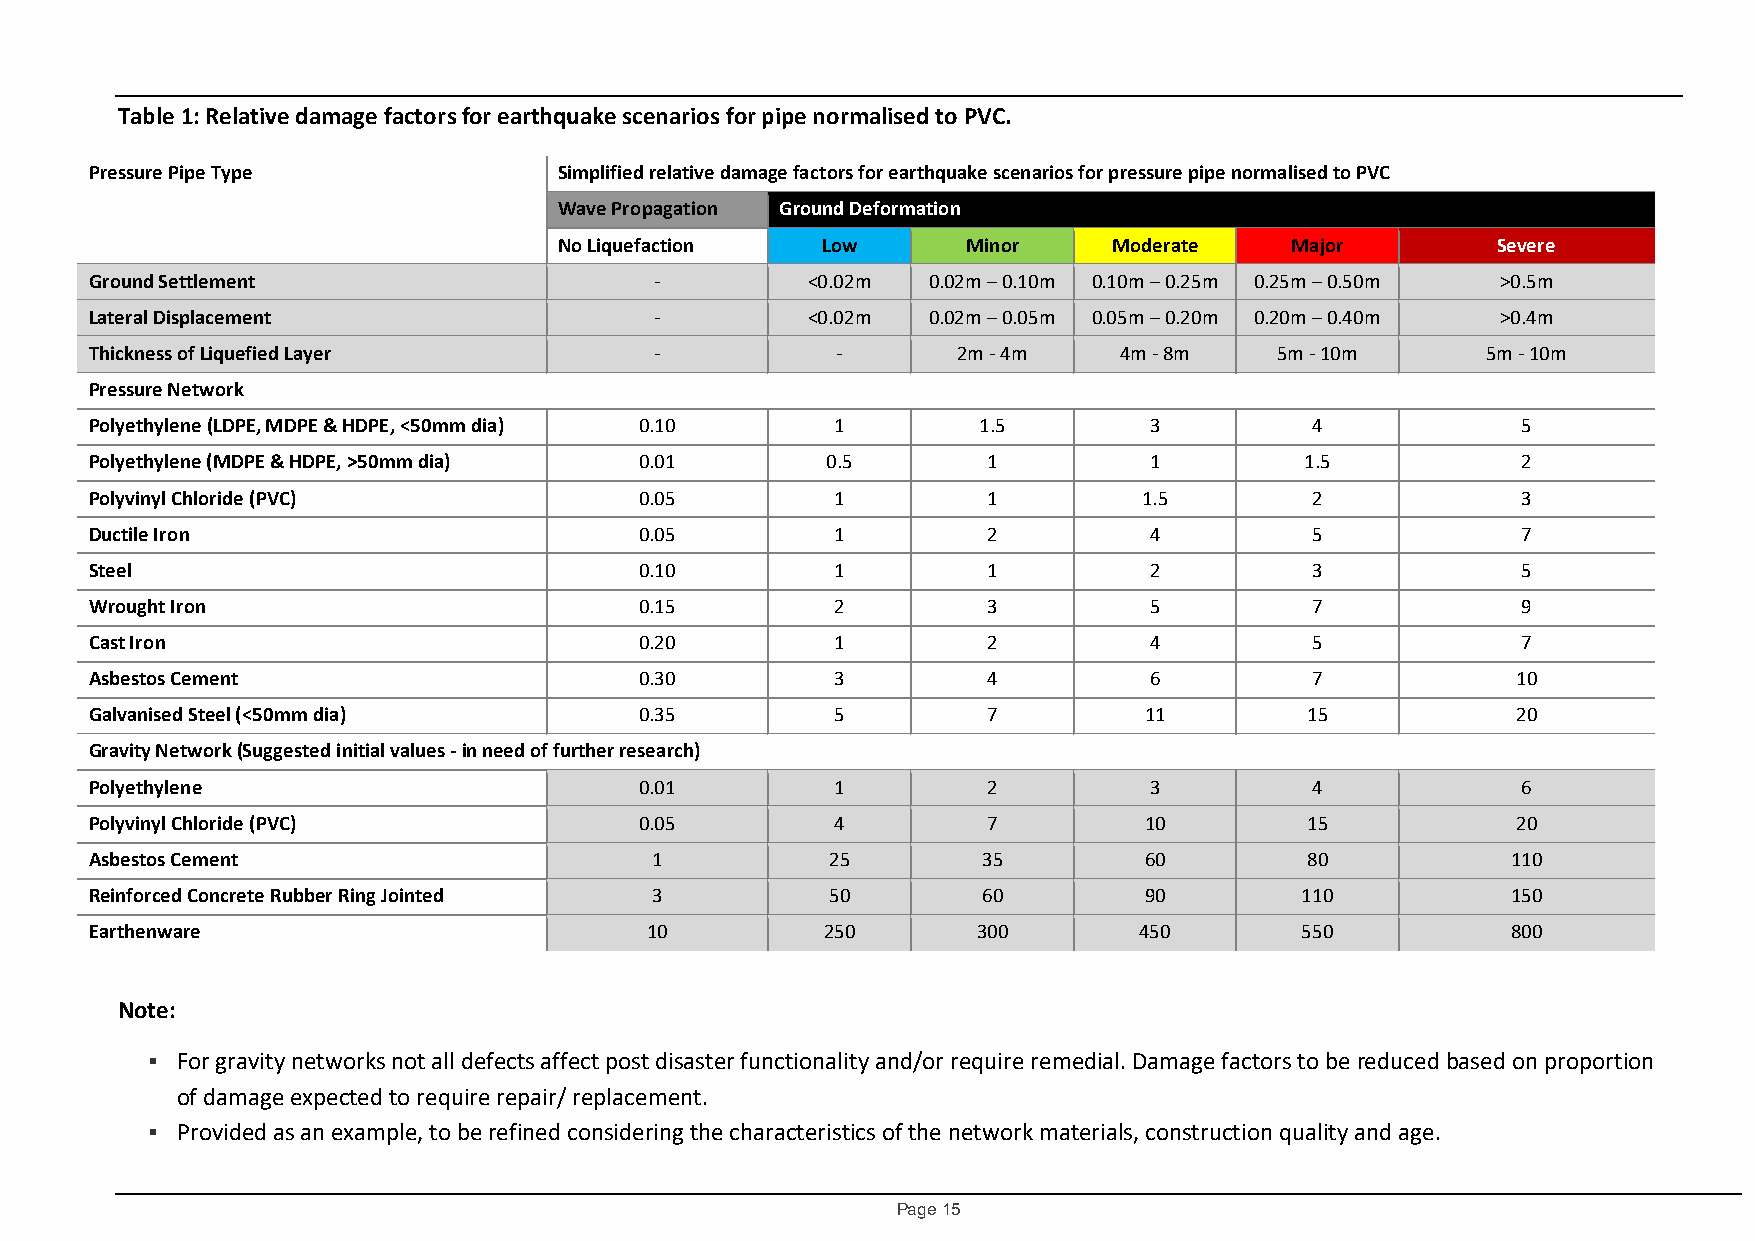
Table 1: Relative damage factors for earthquake scenarios for pipe normalised to PVC.
 Pressure Pipe Type             Simplified relative damage factors for earthquake scenarios for pressure pipe normalised to PVC
 Wave Propagation Ground Deformation
 No Liquefaction  Low       Minor     Moderate   Major         Severe
 Ground Settlement                    -         <0.02m  0.02m – 0.10m 0.10m – 0.25m 0.25m – 0.50m >0.5m
 Lateral Displacement                 -         <0.02m  0.02m – 0.05m 0.05m – 0.20m 0.20m – 0.40m >0.4m
 Thickness of Liquefied Layer         -           -       2m - 4m    4m - 8m   5m - 10m      5m - 10m
 Pressure Network
 Polyethylene (LDPE, MDPE & HDPE, <50mm dia) 0.10 1         1.5        3          4             5
 Polyethylene (MDPE & HDPE, >50mm dia) 0.01       0.5       1          1         1.5            2
 Polyvinyl Chloride (PVC)            0.05         1         1          1.5        2             3
 Ductile Iron                        0.05         1         2          4          5             7
 Steel                               0.10         1         1          2          3             5
 Wrought Iron                        0.15         2         3          5          7             9
 Cast Iron                           0.20         1         2          4          5             7
 Asbestos Cement                     0.30         3         4          6          7            10
 Galvanised Steel (<50mm dia)        0.35         5         7          11        15            20
 Gravity Network (Suggested initial values - in need of further research)
 Polyethylene                        0.01         1         2          3          4             6
 Polyvinyl Chloride (PVC)            0.05         4         7          10        15            20
 Asbestos Cement                      1           25        35         60        80            110
 Reinforced Concrete Rubber Ring Jointed 3        50        60         90        110           150
 Earthenware                          10          250       300       450        550           800
 Note:
  For gravity networks not all defects affect post disaster functionality and/or require remedial. Damage factors to be reduced based on proportion
 of damage expected to require repair/ replacement.
  Provided as an example, to be refined considering the characteristics of the network materials, construction quality and age.
 Page 15